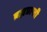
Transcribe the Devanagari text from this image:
ब्रह्मप्राप्ती